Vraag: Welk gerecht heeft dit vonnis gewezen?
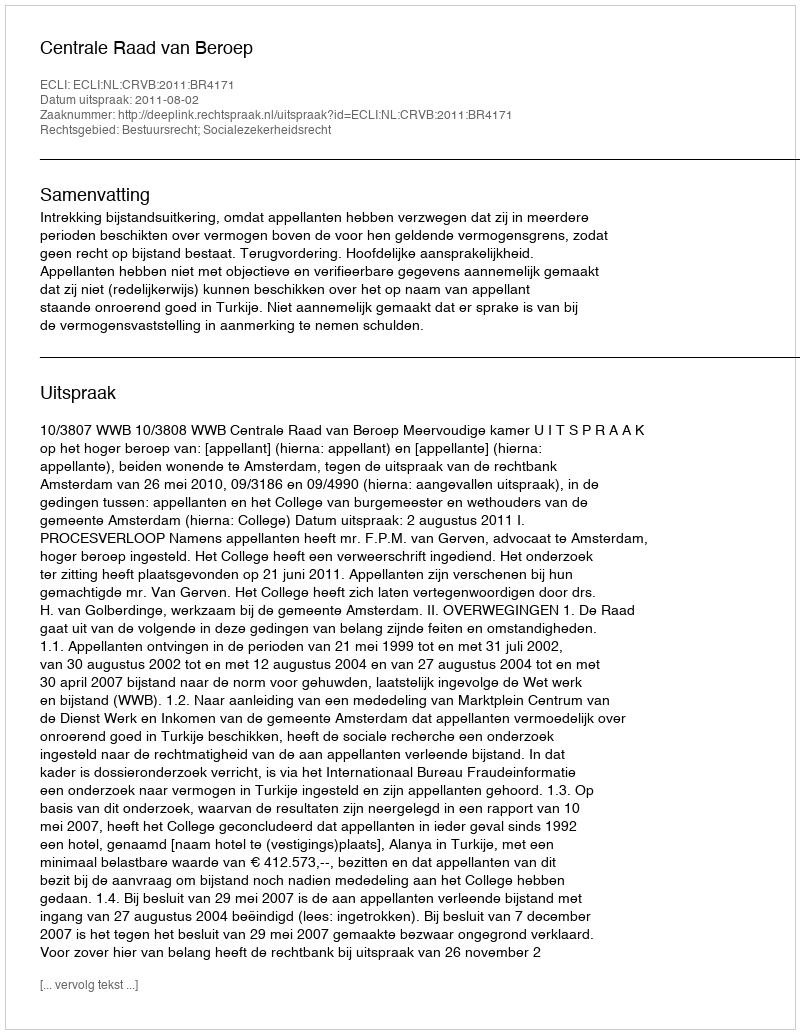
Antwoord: Centrale Raad van Beroep